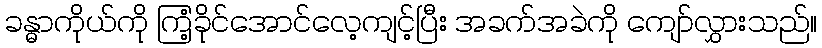
ခန္ဓာကိုယ်ကို ကြံ့ခိုင်အောင်လေ့ကျင့်ပြီး အခက်အခဲကို ကျော်လွှားသည်။